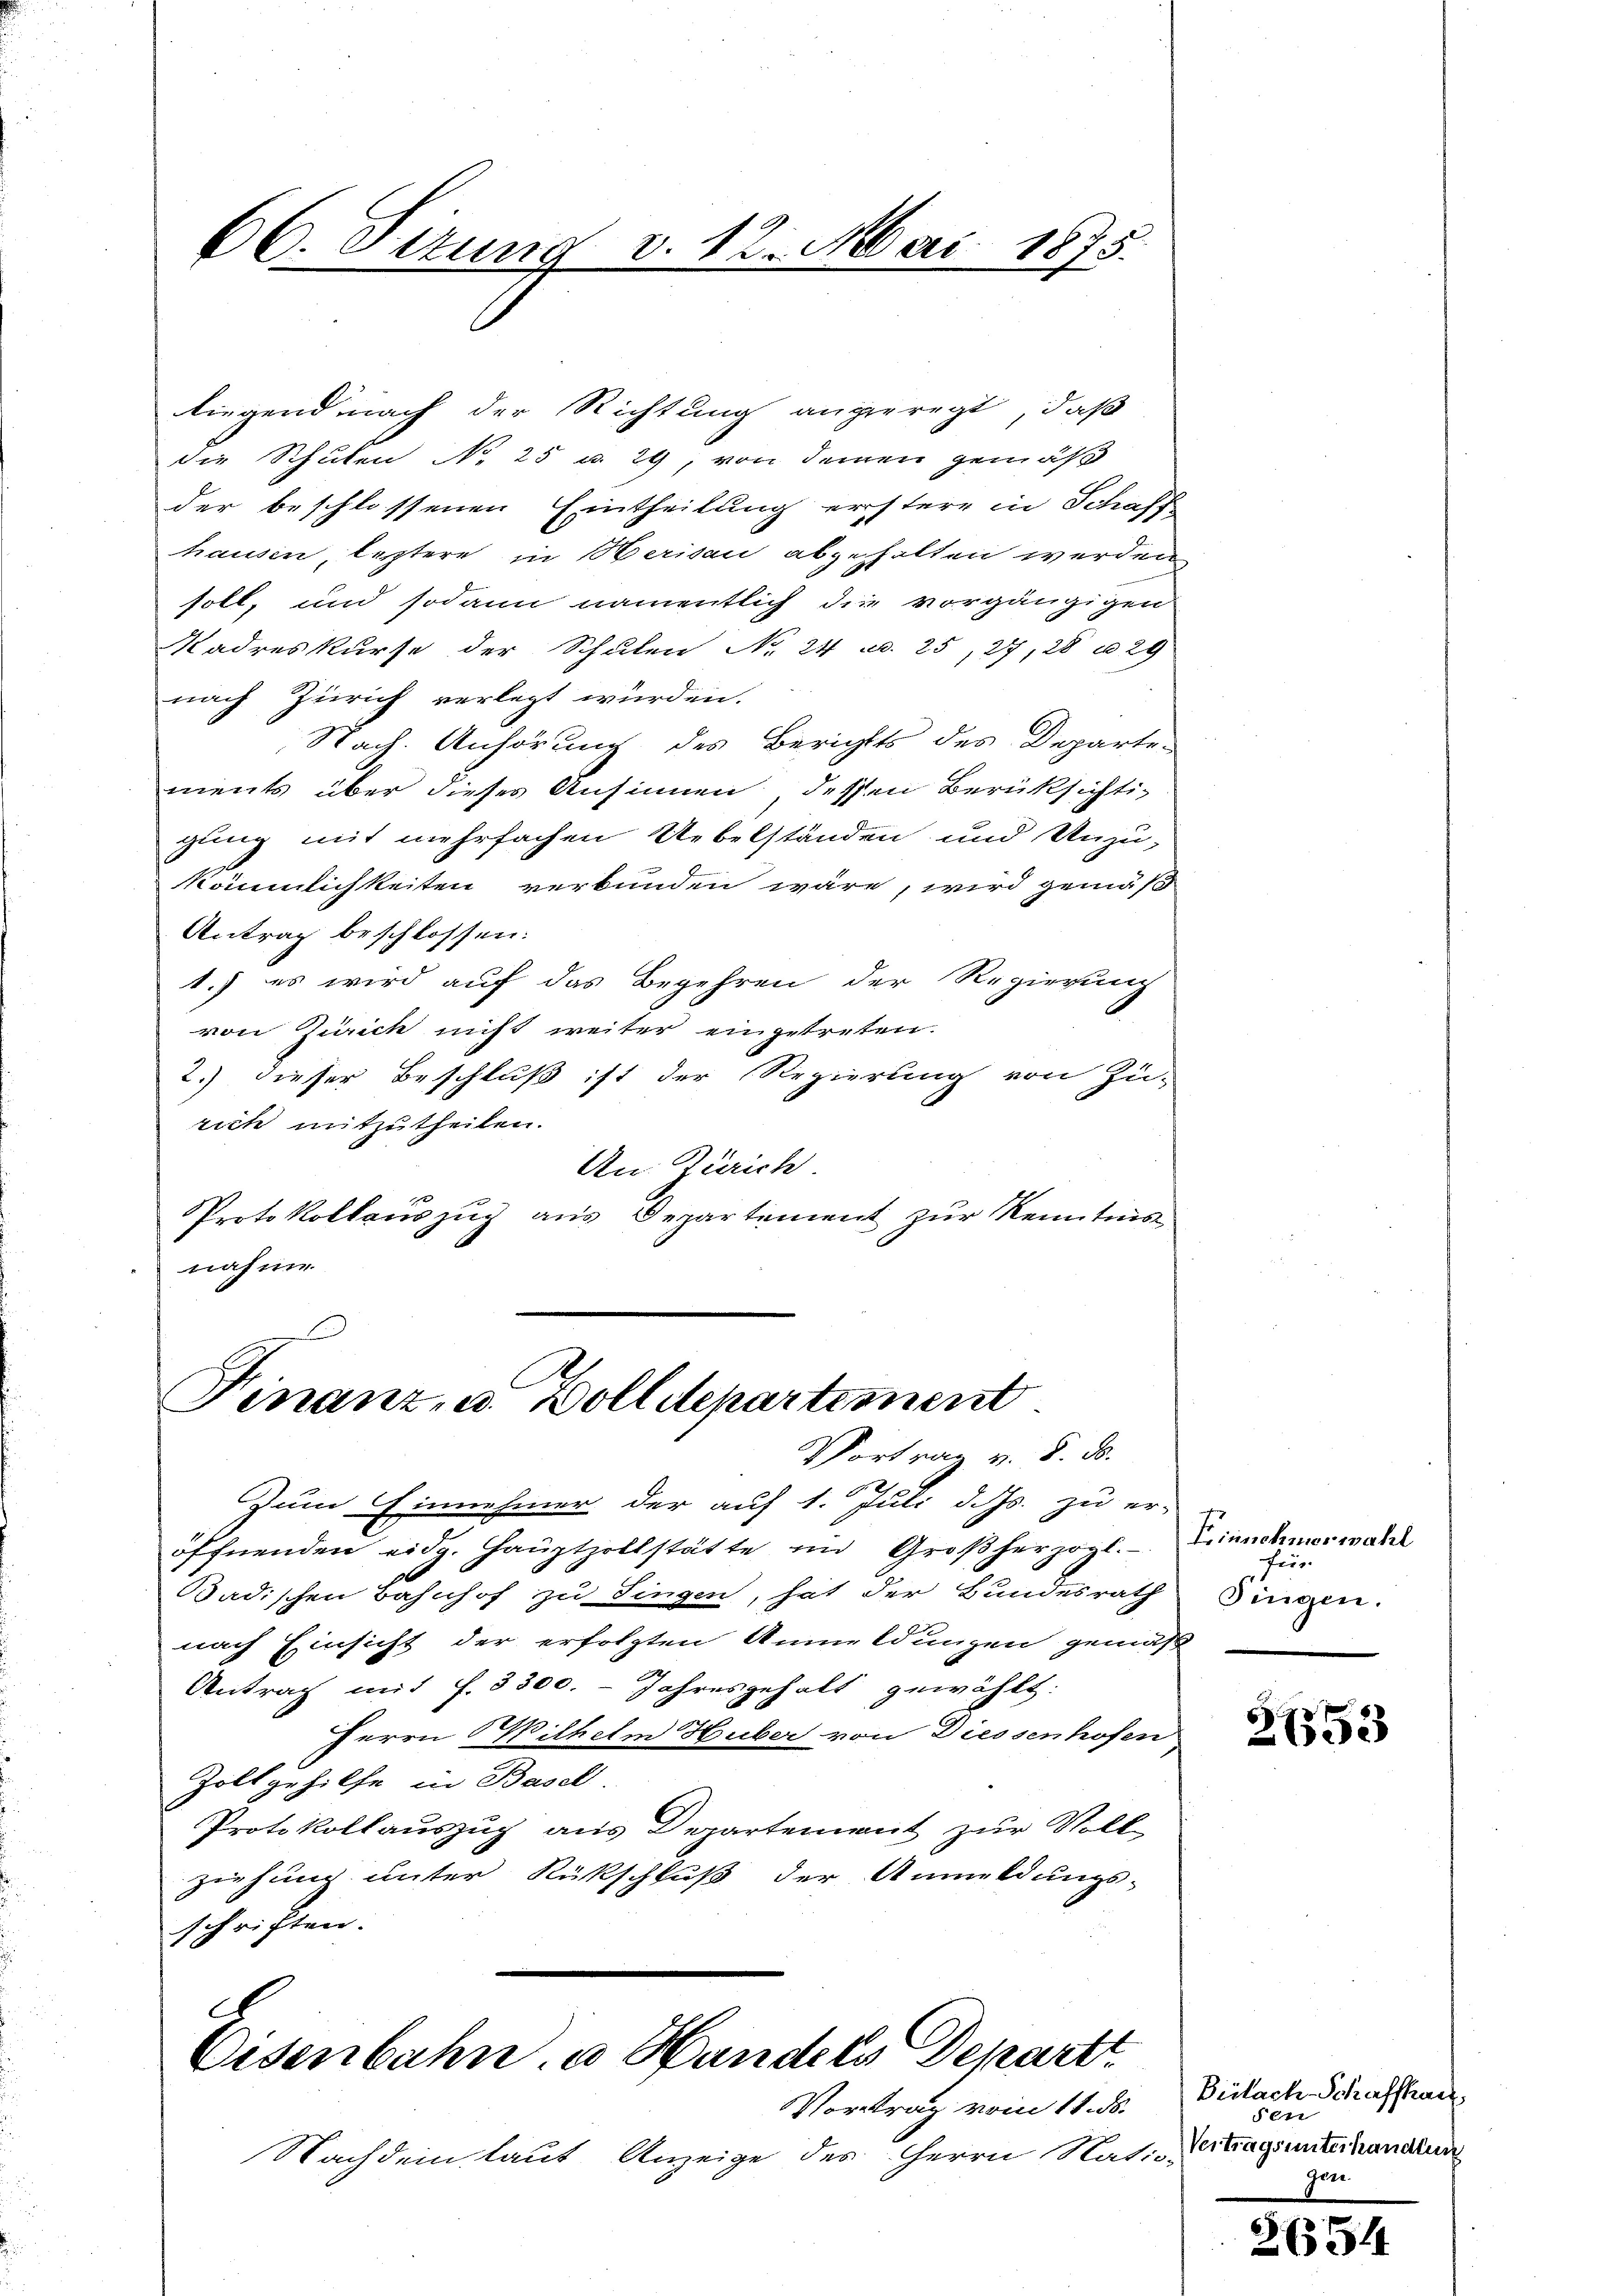
66. Situng v. 12. Mai 1875.

liegend nach der Richtung angeregt, daß
die Schulen No 25 u. 29, von deinen gemäß
der beschlossenen Eintheilung erstere in Schaff
hausen, leztere in Beriden abgehalten werden
soll, und sodann namentlich die vorgängigen
Madreskurse der Schulen No 24 c. 25, 27, 28 u. 29
nach Zürich verlegt wurden.
Nach Anhörung des Berichts des Departen
ments über dieses Ansinnen, dessen Berüksichtigung mit mehrfachen Uebelständen und Unzu-
kömmlichkeiten verbunden wäre, wird gemäß
Antrag beschlossen:
1.) es wird auf das Begehren der Regierung
von Zürich nicht weiter eingetreten.
2.) dieser Beschluß ist der Regierung von Zu-
rich mitzutheilen.
An Zürich
Protokollauszug aus Departement zur Kenntnisnahme

Finanz, u. Zolldepartement
Vortrag v. 8. ds.

Zum Einnehmer der auf 1. Juli d. Js. zu er-
öffnenden eidg. Haŭptzollstätte im Großherzogl.
Badischen Bahnhof zu Singen, hat der Bundesrath Singen.
nach Einsicht der erfolgten Anmeldungen gemäß
Antrag mit f. 3300. - Jahresgehalt gewählt:
Herrn Wilhelm Huber von Diessenhofen
Zoll gehilfe in Basel.
Protokollauszug aus Departement zur Voll
ziehung unter Rückschluß der Anmeldungs-
schriften.

A
Eisenbahn u Handels Departt.

Vortrag vom 11. ds.
Nachdem laut Anzeige des Herrn Rat-

Finnehmerwahl
firs

21553

Beilach Schaffhaus
Fere
Vertragsunterhandlun
.
gen.

2654